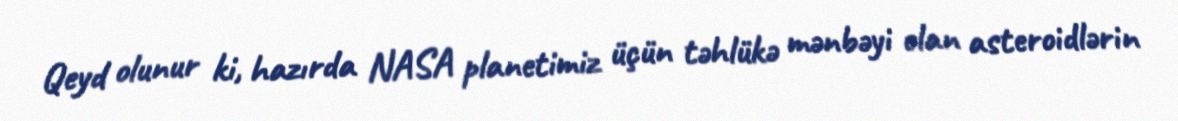
Qeyd olunur ki, hazırda NASA planetimiz üçün təhlükə mənbəyi olan asteroidlərin